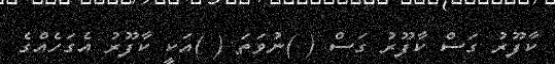
ކާފޫރު ގަސް ކާފޫރު ގަސް ( )ނުވަތަ ( )އަކީ ކާފޫރު އެގަހެއްގެ